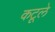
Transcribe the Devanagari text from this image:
कटूले